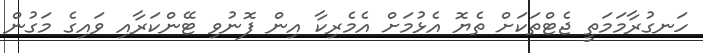
ހަނގުރާމަމަތީ ޖެޓްތަކަށް ތެޔޮ އެޅުމަށް އެމެރިކާ އިން ފޮނުވި ޓޭންކަރާއި ވައިގެ މަގުން